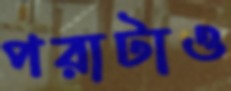
পরাটাও